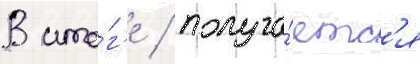
В ито́г'е / получа́етс'я